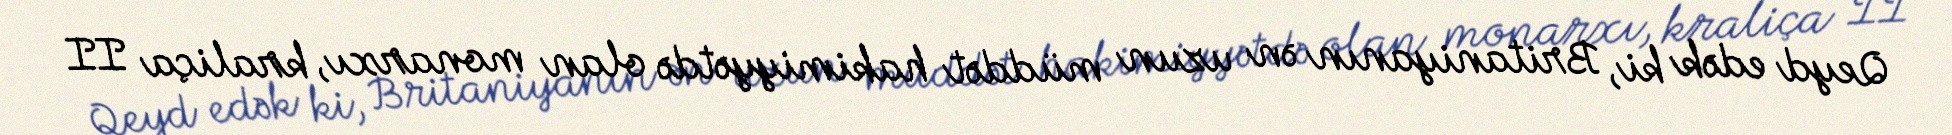
Qeyd edək ki, Britaniyanın ən uzun müddət hakimiyyətdə olan monarxı, kraliça II